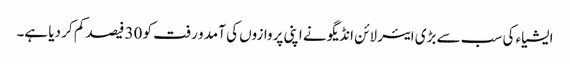
ایشیاء کی سب سے بڑی ایئر لائن انڈیگو نے اپنی پروازوں کی آمد و رفت کو 30 فیصد کم کر دیا ہے۔